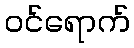
ဝင်ရောက်